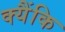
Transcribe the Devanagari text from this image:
क्यैंकि